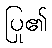
ပြု၏